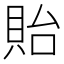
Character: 貽